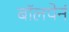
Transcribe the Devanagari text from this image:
बॉलपेनं